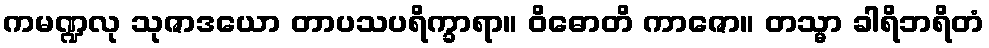
ကမဏ္ဍလု သုဇာဒယော တာပသပရိက္ခာရာ။ ဝိဓောတိ ကာဇော။ တသ္မာ ခါရိဘရိတံ